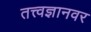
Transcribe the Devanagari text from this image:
तत्त्वज्ञानवर